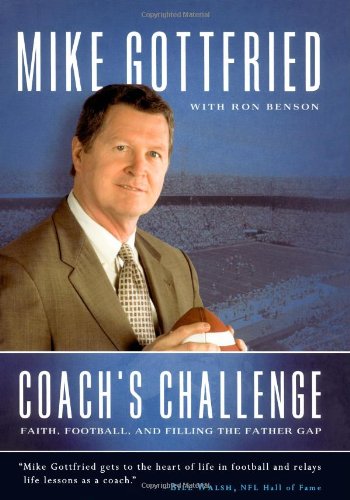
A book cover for Coach's Challenge: Faith, Football, and Filling the Father Gap; Mike Gottfried; Sports & Outdoors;